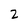
Character: 2